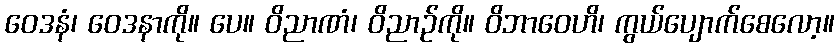
ဝေဒနံ၊ ဝေဒနာကို။ ပေ။ ဝိညာဏံ၊ ဝိညာဉ်ကို။ ဝိဘာဝေဟိ၊ ကွယ်ပျောက်စေလော့။